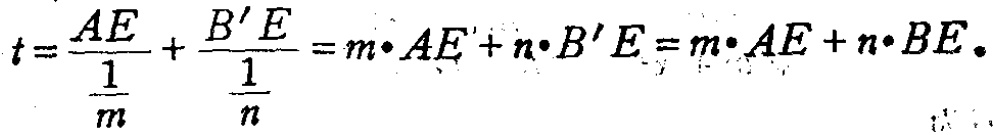
\[t=\frac{AE}{\frac{1}{m}}+\frac{B'E}{\frac{1}{n}} = m\cdot AE + n\cdot B'E = m\cdot AE + n\cdot BE。\]